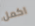
اكمل